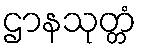
ဌာနသုတ္တံ